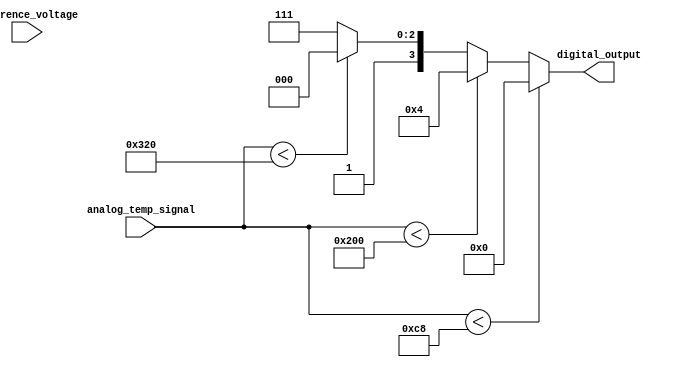
module thermal_encoder (
    input wire [9:0] analog_temp_signal, // 10-bit analog temperature signal (0 to 1023)
    input wire [9:0] reference_voltage,   // 10-bit reference voltage (0 to 1023)
    output reg [3:0] digital_output       // 4-bit digital output
);

// Define temperature thresholds in terms of the analog signal
parameter TEMP_MIN = 10'd200; // -20C (example)
parameter TEMP_0C = 10'd512;   // 0C (example)
parameter TEMP_MAX = 10'd800;  // 100C (example)

// Digital output mapping for temperature ranges
always @(*) begin
    if (analog_temp_signal < TEMP_MIN) begin
        digital_output = 4'b0000; // -20C
    end else if (analog_temp_signal < TEMP_0C) begin
        digital_output = 4'b0100; // 0C
    end else if (analog_temp_signal < TEMP_MAX) begin
        digital_output = 4'b1000; // 50C (example)
    end else begin
        digital_output = 4'b1111; // 100C
    end
end

endmodule